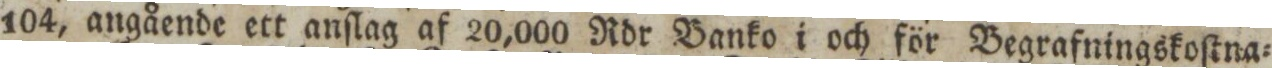
104, angående ett anſlag af 20,000 Rdr Banko i och för Begrafningskoſtna=